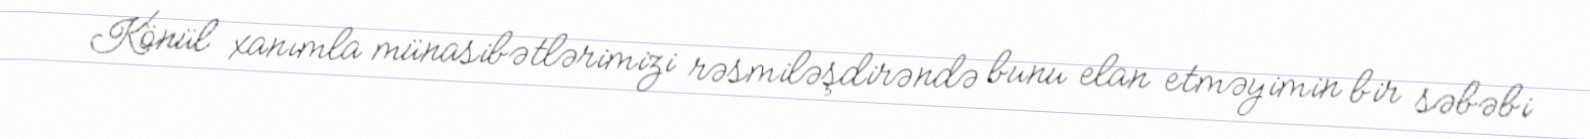
Könül xanımla münasibətlərimizi rəsmiləşdirəndə bunu elan etməyimin bir səbəbi